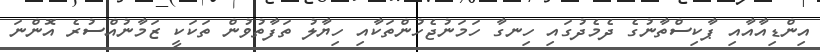
އިންޑިއާއާއި ޕާކިސްތާނުގެ ދެމެދުގައި ހިނގާ ހަމަނުޖެހުންތަކާއި ހިޔާލު ތަފާތުވުން ތަކަކީ ޒަމާނުއްސުރެ އޮންނަ